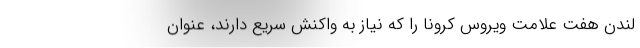
لندن هفت علامت ویروس کرونا را که نیاز به واکنش سریع دارند، عنوان